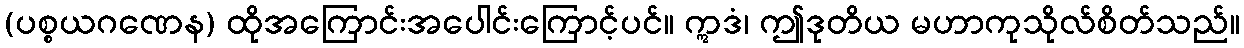
(ပစ္စယဂဏေန) ထိုအကြောင်းအပေါင်းကြောင့်ပင်။ ဣဒံ၊ ဤဒုတိယ မဟာကုသိုလ်စိတ်သည်။